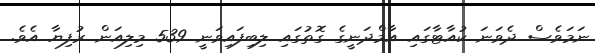
ނަމަވެސް ދެވަނަ ކުއާޓާގައި އާމްދަނީގެ ގޮތުގައި ލިބިފައިވަނީ 539 މިލިއަން ރުފިޔާ އެވެ.